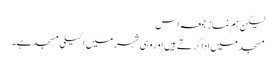
لیکن ہم نماز جمعہ اس
مسجد میں ادا کرتے ہیں اور وہی شہر میں اکیلی مسجدہے۔